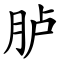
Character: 胪